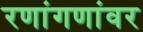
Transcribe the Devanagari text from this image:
रणांगणांवर